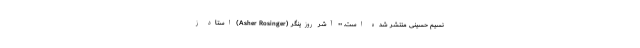
نسیم حسینی منتشر شده است. •• آشر روزینگر (Asher Rosinger) استاد ز